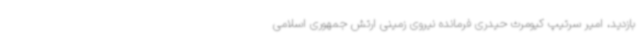
بازدید، امیر سرتیپ کیومرث حیدری فرمانده نیروی زمینی ارتش جمهوری اسلامی